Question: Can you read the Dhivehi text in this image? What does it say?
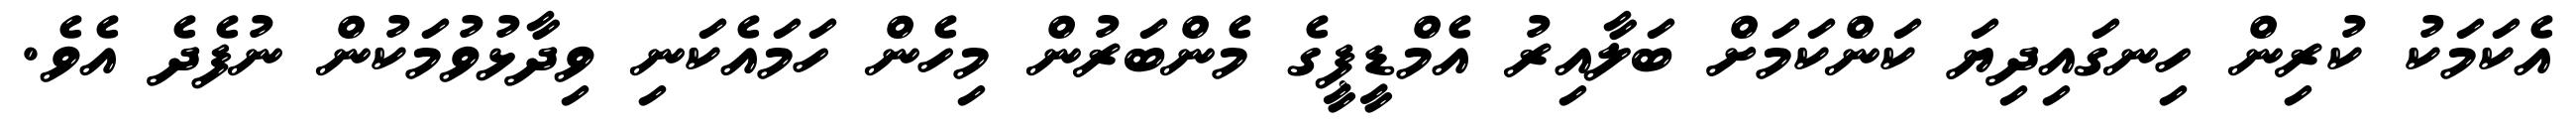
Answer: އެކަމަކު ކުރިން ހިނގައިދިޔަ ކަންކަމަށް ބަލާއިރު އެމްޑީޕީގެ މެންބަރުން މިހެން ހަމައެކަނި ވިދާޅުވުމަކުން ނުފެދެ އެވެ.